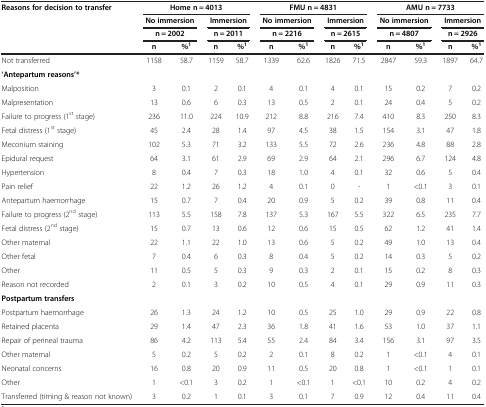
<table><thead><tr><td><b>Reasons for decision to transfer</b></td><td colspan="4"><b>Home n = 4013</b></td><td colspan="4"><b>FMU n = 4831</b></td><td colspan="4"><b>AMU n = 7733</b></td></tr><tr><td rowspan="2"><b> </b></td><td colspan="2"><b>No immersion</b></td><td colspan="2"><b>Immersion</b></td><td colspan="2"><b>No immersion</b></td><td colspan="2"><b>Immersion</b></td><td colspan="2"><b>No immersion</b></td><td colspan="2"><b>Immersion</b></td></tr><tr><td colspan="2"><b>n = 2002</b></td><td colspan="2"><b>n = 2011</b></td><td colspan="2"><b>n = 2216</b></td><td colspan="2"><b>n = 2615</b></td><td colspan="2"><b>n = 4807</b></td><td colspan="2"><b>n = 2926</b></td></tr><tr><td><b> </b></td><td><b>n</b></td><td><b>%<sup>1</sup></b></td><td><b>n</b></td><td><b>%<sup>1</sup></b></td><td><b>n</b></td><td><b>%<sup>1</sup></b></td><td><b>n</b></td><td><b>%<sup>1</sup></b></td><td><b>n</b></td><td><b>%<sup>1</sup></b></td><td><b>n</b></td><td><b>%<sup>1</sup></b></td></tr></thead><tbody><tr><td>Not transferred</td><td>1158</td><td>58.7</td><td>1159</td><td>58.7</td><td>1339</td><td>62.6</td><td>1826</td><td>71.5</td><td>2847</td><td>59.3</td><td>1897</td><td>64.7</td></tr><tr><td><b>‘Antepartum reasons’*</b></td><td> </td><td> </td><td> </td><td> </td><td> </td><td> </td><td> </td><td> </td><td> </td><td> </td><td> </td><td> </td></tr><tr><td>Malposition</td><td>3</td><td>0.1</td><td>2</td><td>0.1</td><td>4</td><td>0.1</td><td>4</td><td>0.1</td><td>15</td><td>0.2</td><td>7</td><td>0.2</td></tr><tr><td>Malpresentation</td><td>13</td><td>0.6</td><td>6</td><td>0.3</td><td>13</td><td>0.5</td><td>2</td><td>0.1</td><td>24</td><td>0.4</td><td>5</td><td>0.2</td></tr><tr><td>Failure to progress (1<sup>st</sup> stage)</td><td>236</td><td>11.0</td><td>224</td><td>10.9</td><td>212</td><td>8.8</td><td>216</td><td>7.4</td><td>410</td><td>8.3</td><td>250</td><td>8.3</td></tr><tr><td>Fetal distress (1<sup>st</sup> stage)</td><td>45</td><td>2.4</td><td>28</td><td>1.4</td><td>97</td><td>4.5</td><td>38</td><td>1.5</td><td>154</td><td>3.1</td><td>47</td><td>1.8</td></tr><tr><td>Meconium staining</td><td>102</td><td>5.3</td><td>71</td><td>3.2</td><td>133</td><td>5.5</td><td>72</td><td>2.6</td><td>236</td><td>4.8</td><td>88</td><td>2.8</td></tr><tr><td>Epidural request</td><td>64</td><td>3.1</td><td>61</td><td>2.9</td><td>69</td><td>2.9</td><td>64</td><td>2.1</td><td>296</td><td>6.7</td><td>124</td><td>4.8</td></tr><tr><td>Hypertension</td><td>8</td><td>0.4</td><td>7</td><td>0.3</td><td>18</td><td>1.0</td><td>4</td><td>0.1</td><td>32</td><td>0.6</td><td>5</td><td>0.4</td></tr><tr><td>Pain relief</td><td>22</td><td>1.2</td><td>26</td><td>1.2</td><td>4</td><td>0.1</td><td>0</td><td>-</td><td>1</td><td>&lt;0.1</td><td>3</td><td>0.1</td></tr><tr><td>Antepartum haemorrhage</td><td>15</td><td>0.7</td><td>7</td><td>0.4</td><td>20</td><td>0.9</td><td>5</td><td>0.2</td><td>39</td><td>0.8</td><td>11</td><td>0.4</td></tr><tr><td>Failure to progress (2<sup>nd</sup> stage)</td><td>113</td><td>5.5</td><td>158</td><td>7.8</td><td>137</td><td>5.3</td><td>167</td><td>5.5</td><td>322</td><td>6.5</td><td>235</td><td>7.7</td></tr><tr><td>Fetal distress (2<sup>nd</sup> stage)</td><td>15</td><td>0.7</td><td>13</td><td>0.6</td><td>12</td><td>0.6</td><td>15</td><td>0.5</td><td>62</td><td>1.2</td><td>41</td><td>1.4</td></tr><tr><td>Other maternal</td><td>22</td><td>1.1</td><td>22</td><td>1.0</td><td>13</td><td>0.6</td><td>5</td><td>0.2</td><td>49</td><td>1.0</td><td>13</td><td>0.4</td></tr><tr><td>Other fetal</td><td>7</td><td>0.4</td><td>6</td><td>0.3</td><td>8</td><td>0.4</td><td>5</td><td>0.2</td><td>14</td><td>0.3</td><td>5</td><td>0.2</td></tr><tr><td>Other</td><td>11</td><td>0.5</td><td>5</td><td>0.3</td><td>9</td><td>0.3</td><td>2</td><td>0.1</td><td>15</td><td>0.2</td><td>8</td><td>0.3</td></tr><tr><td>Reason not recorded</td><td>2</td><td>0.1</td><td>3</td><td>0.2</td><td>10</td><td>0.5</td><td>4</td><td>0.1</td><td>29</td><td>0.9</td><td>11</td><td>0.3</td></tr><tr><td><b>Postpartum transfers</b></td><td> </td><td> </td><td> </td><td> </td><td> </td><td> </td><td> </td><td> </td><td> </td><td> </td><td> </td><td> </td></tr><tr><td>Postpartum haemorrhage</td><td>26</td><td>1.3</td><td>24</td><td>1.2</td><td>10</td><td>0.5</td><td>25</td><td>1.0</td><td>29</td><td>0.9</td><td>22</td><td>0.8</td></tr><tr><td>Retained placenta</td><td>29</td><td>1.4</td><td>47</td><td>2.3</td><td>36</td><td>1.8</td><td>41</td><td>1.6</td><td>53</td><td>1.0</td><td>37</td><td>1.1</td></tr><tr><td>Repair of perineal trauma</td><td>86</td><td>4.2</td><td>113</td><td>5.4</td><td>55</td><td>2.4</td><td>84</td><td>3.4</td><td>156</td><td>3.1</td><td>97</td><td>3.5</td></tr><tr><td>Other maternal</td><td>5</td><td>0.2</td><td>5</td><td>0.2</td><td>2</td><td>0.1</td><td>8</td><td>0.2</td><td>1</td><td>&lt;0.1</td><td>4</td><td>0.1</td></tr><tr><td>Neonatal concerns</td><td>16</td><td>0.8</td><td>20</td><td>0.9</td><td>11</td><td>0.5</td><td>20</td><td>0.8</td><td>1</td><td>&lt;0.1</td><td>1</td><td>0.1</td></tr><tr><td>Other</td><td>1</td><td>&lt;0.1</td><td>3</td><td>0.2</td><td>1</td><td>&lt;0.1</td><td>1</td><td>&lt;0.1</td><td>10</td><td>0.2</td><td>4</td><td>0.2</td></tr><tr><td>Transferred (timing &amp; reason not known)</td><td>3</td><td>0.2</td><td>1</td><td>0.1</td><td>3</td><td>0.1</td><td>7</td><td>0.9</td><td>12</td><td>0.4</td><td>11</td><td>0.4</td></tr></tbody></table>